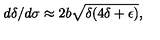
d \delta / d \sigma \approx 2 b \sqrt { \delta ( 4 \delta + \epsilon ) } ,